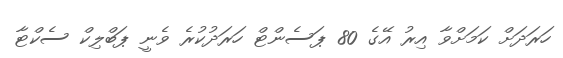
ހަރަދަށް ކަމަށްވާ އިރު އޭގެ 80 ޕަސެންޓް ހަރަދުކުރެ ވެނީ ޕަބްލިކް ސެކްޓާ